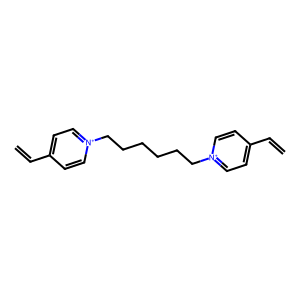
SMILES: C=Cc1cc[n+](CCCCCC[n+]2ccc(C=C)cc2)cc1
Inhibits HIV replication: No